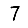
Digit: 7